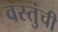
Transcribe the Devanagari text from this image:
वस्तुंची